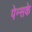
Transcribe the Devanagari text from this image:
पेन्सके